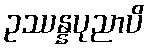
ဥဿန္နပုညာပိ